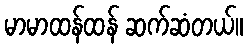
မာမာထန်ထန် ဆက်ဆံတယ်။